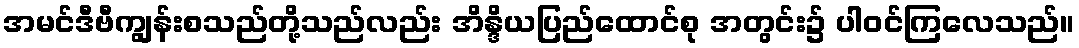
အမင်ဒီဗီကျွန်းစသည်တို့သည်လည်း အိန္ဒိယပြည်ထောင်စု အတွင်း၌ ပါဝင်ကြလေသည်။